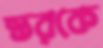
স্তরকে